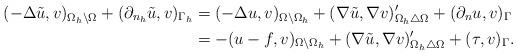
LaTeX: \begin{align*}(-\Delta \tilde u, v)_{\Omega_h \setminus \Omega} + (\partial_{n_h} \tilde u, v)_{\Gamma_h} &= (-\Delta u, v)_{\Omega \setminus \Omega_h} + (\nabla\tilde u, \nabla v)_{\Omega_h \triangle \Omega}' + (\partial_{n} u, v)_{\Gamma} \\&= -(u - f, v)_{\Omega \setminus \Omega_h} + (\nabla\tilde u, \nabla v)_{\Omega_h \triangle \Omega}' + (\tau, v)_{\Gamma}.\end{align*}